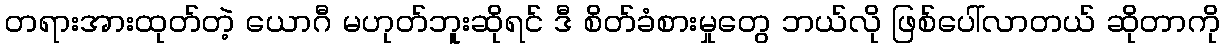
တရားအားထုတ်တဲ့ ယောဂီ မဟုတ်ဘူးဆိုရင် ဒီ စိတ်ခံစားမှုတွေ ဘယ်လို ဖြစ်ပေါ်လာတယ် ဆိုတာကို